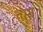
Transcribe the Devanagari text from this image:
ताम्र।